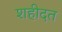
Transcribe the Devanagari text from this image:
शहीदत